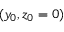
( y _ { 0 } , z _ { 0 } = 0 )